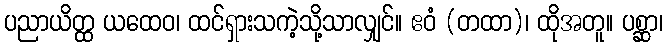
ပညာယိတ္ထ ယထေဝ၊ ထင်ရှားသကဲ့သို့သာလျှင်။ ဧဝံ (တထာ)၊ ထိုအတူ။ ပစ္ဆာ၊